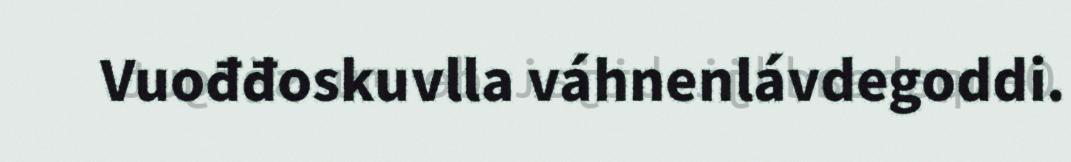
Vuođđoskuvlla váhnenlávdegoddi.